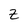
Character: Z